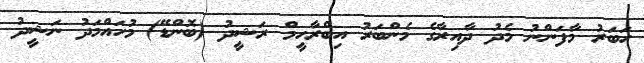
ހަބަރު މާފަންނު މެދު ދާއިރާގެ މެންބަރު އިބްރާހީމް ރަޝީދު (ބޮންޑޭ) މުހައްމަދު ނަޝީދު